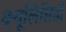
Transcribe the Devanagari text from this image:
क्यूलिसिडी